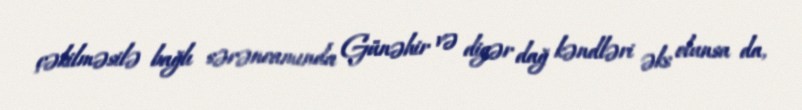
çəkilməsilə bağlı sərəncamında Günəhir və digər dağ kəndləri əks olunsa da,